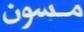
مدون